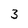
Character: 3